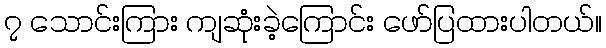
၇ သောင်းကြား ကျဆုံးခဲ့ကြောင်း ဖော်ပြထားပါတယ်။